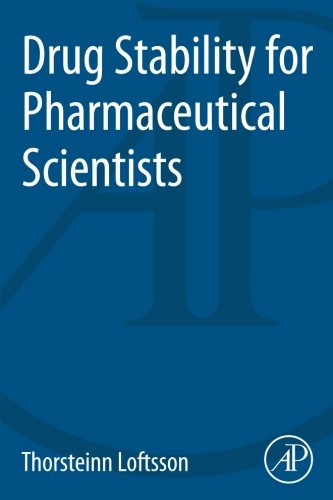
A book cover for Drug Stability for Pharmaceutical Scientists; Thorsteinn Loftsson; Science & Math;